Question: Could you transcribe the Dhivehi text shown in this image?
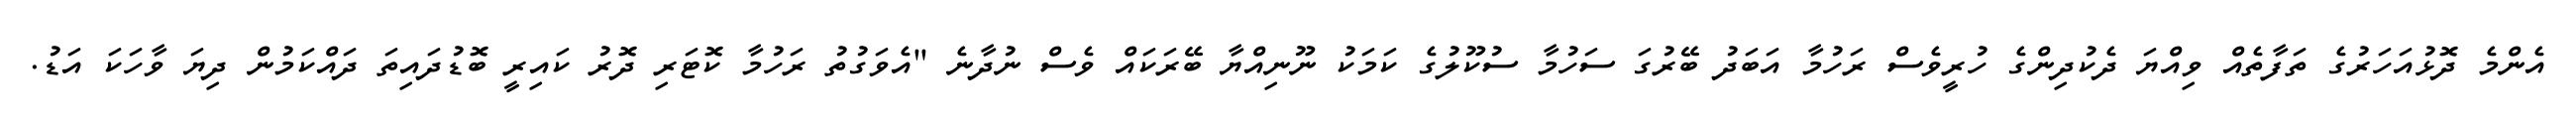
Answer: އެންމެ ދޮޅުއަހަރުގެ ތަފާތެއް ވިއްޔަ ދެކުދިންގެ ހުރީވެސް ރަހުމާ އަބަދު ބޭރުގަ ސަހުމާ ސުކޫލުގެ ކަމަކު ނޫނިއްޔާ ބޭރަކައް ވެސް ނުދާނެ "އެވަގުތު ރަހުމާ ކޮޓަރި ދޮރު ކައިރީ ބޮޑުދައިތަ ދައްކަމުން ދިޔަ ވާހަކަ އަޑު.